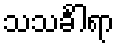
သသင်္ခါရာ